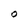
Character: O